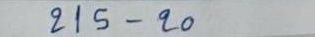
215 - 20